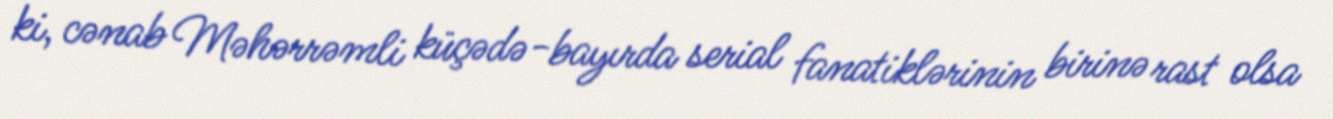
ki, cənab Məhərrəmli küçədə-bayırda serial fanatiklərinin birinə rast olsa